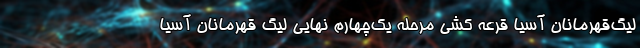
لیگ‌قهرمانان آسیا قرعه کشی مرحله یک‌چهارم نهایی لیگ قهرمانان آسیا